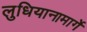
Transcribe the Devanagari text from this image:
लुधियानामार्गे